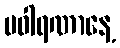
ပဝါရဏာနေ့